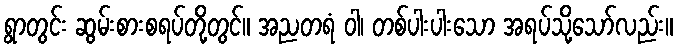
ရွာတွင်း ဆွမ်းစားစရပ်တို့တွင်။ အညတရံ ဝါ၊ တစ်ပါးပါးသော အရပ်သို့သော်လည်း။